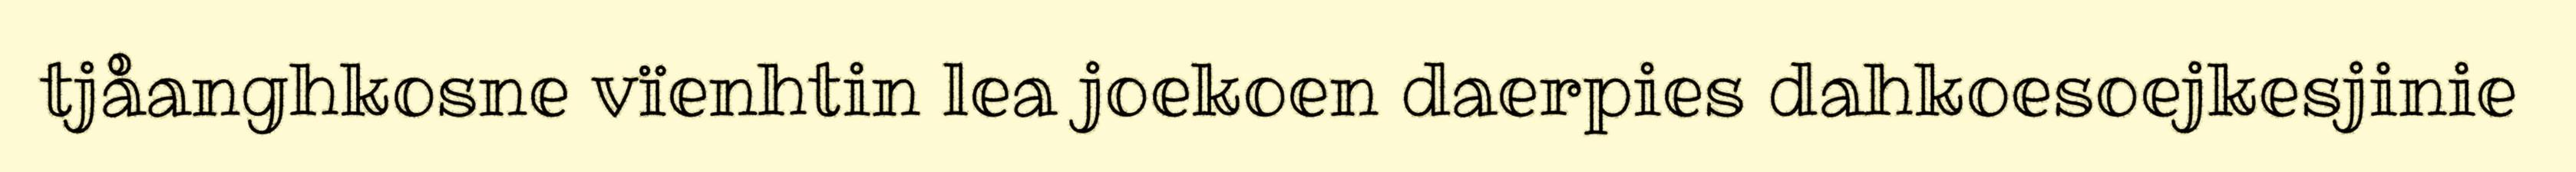
tjåanghkosne vïenhtin lea joekoen daerpies dahkoesoejkesjinie